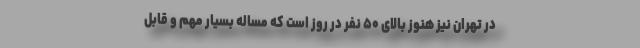
در تهران نیز هنوز بالای ۵۰ نفر در روز است که مساله بسیار مهم و قابل